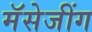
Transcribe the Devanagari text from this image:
मॅसेजींग